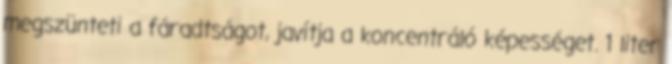
megszünteti a fáradtságot, javítja a koncentráló képességet. 1 liter